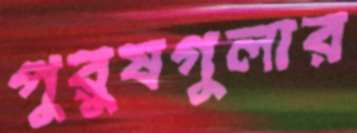
পুরুষগুলার